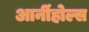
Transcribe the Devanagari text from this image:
आर्नीहोल्स